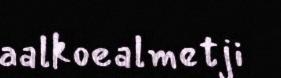
aalkoealmetji